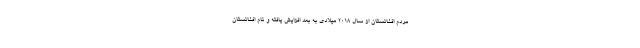
مردم افغانستان از سال ۲۰۱۸ میلادی به بعد افزایش یافته و نام افغانستان